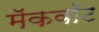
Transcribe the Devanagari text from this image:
मॅकवॉट